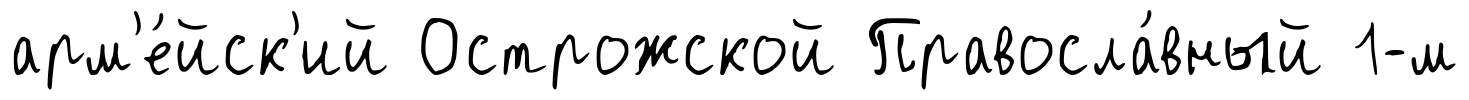
арм'е́йск'ий Острожской Правосла́вный 1-м